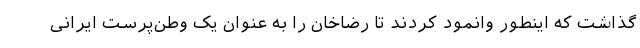
گذاشت که اینطور وانمود کردند تا رضاخان را به عنوان یک وطن‌پرست ایرانی